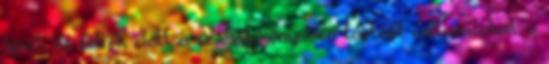
bírók és edzők előtt a szabálykönyvben történt változásokat, s